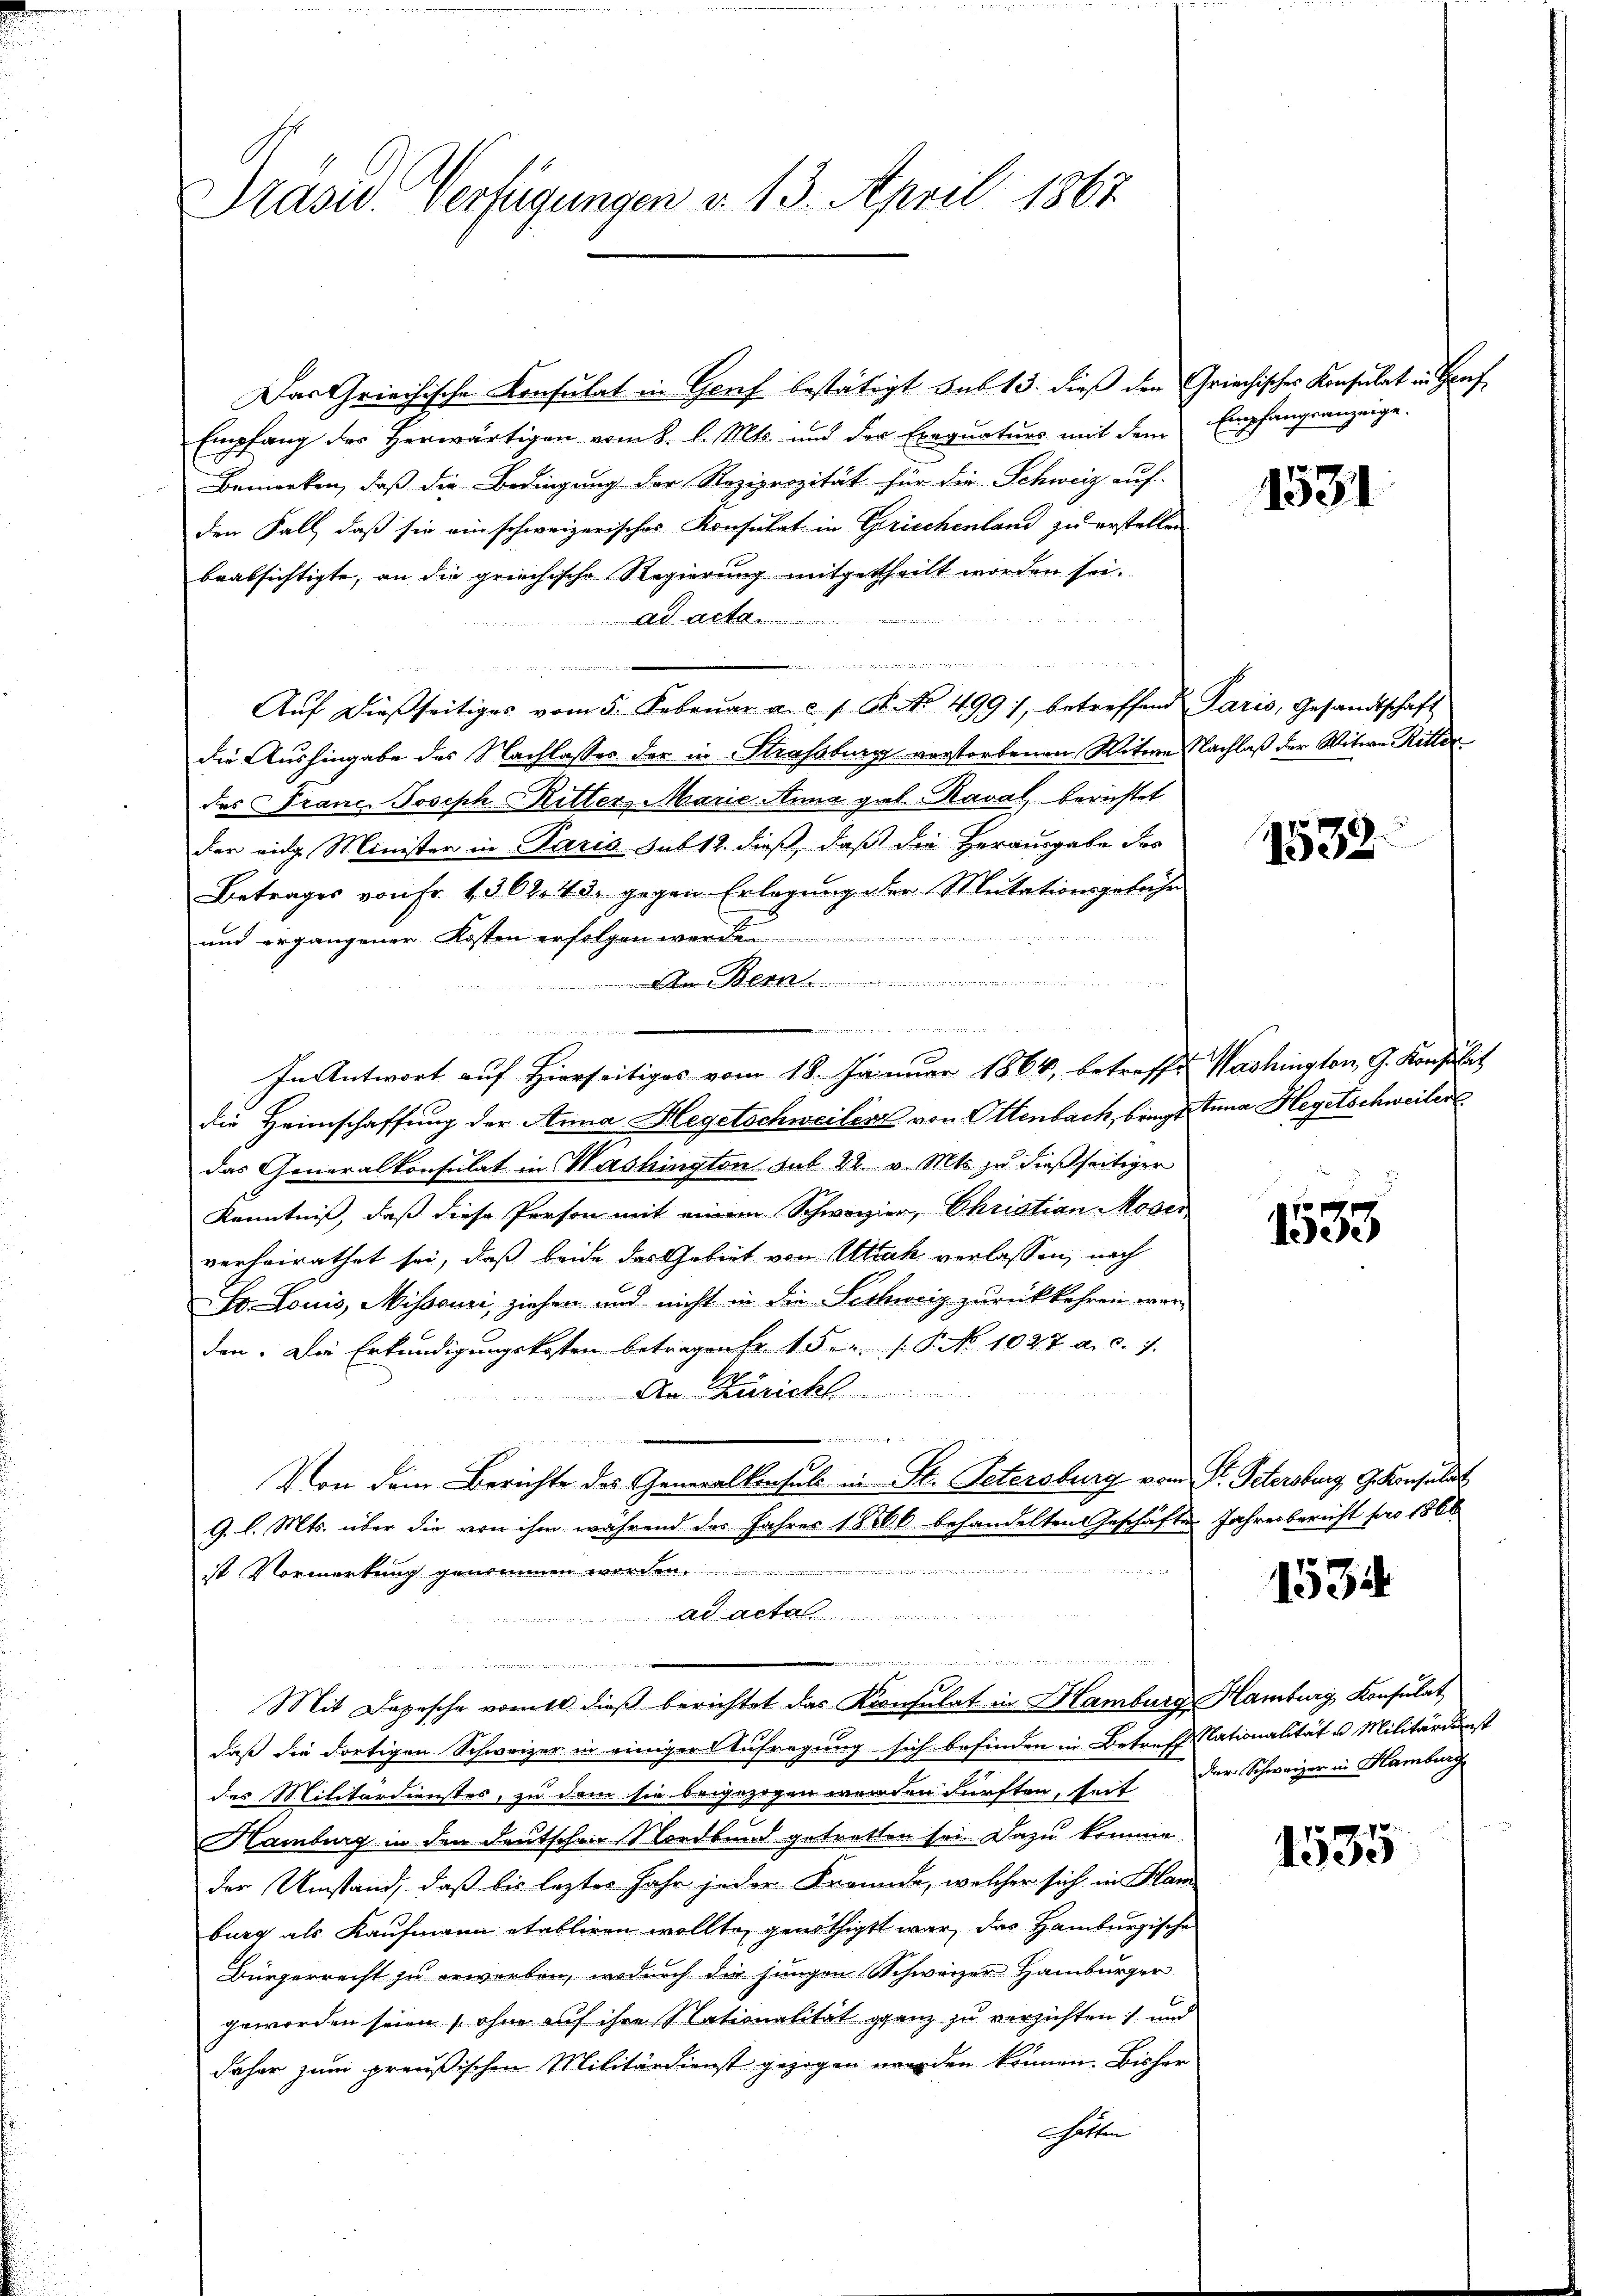
Präsid Verfügungen d. 13. April 1867.

Das Griechische Konsulat in Genf bestätigt sub 13. dieß den Griechisches Konsulat in Graf
Empfang des Herwärtigen vom 8. l. Mts. und der Exequaturs mit dem Empfangsanzeige.
Bemerken, daß die Bedingung der Reziprozität für die Schweiz auf-
den Fall, daß sie ein schweizerisches Konsulat in Griechenland zu erstellen
beabsichtigte, an die griechische Regierung mitgetheilt worden sei.
ad acta
.
Aŭf dießseitiges vom 5. Febrŭar a. c. 1 St. No 499), betreffend Paris, Gesandtschaft
die Aushingabe des Nachlasses der in Straßburg verstorbenen Witwe Nachlaß der Witwe Ritter
des Franc. Joseph Ritter Marie Anna gal-Kaval, berichtet
der eidg. Minister in Paris sub 12. dieß, daß die Herausgabe des
Betrages von Fr. 1302. 22. gegen Erlegung der Mutationsgebühr
und ergangener Kosten erfolgen werde
A Bern
biren die wird vertrauen in derselbe ich der
In Antwort auf Hierseitiges vom 18. Januar 1864, betreffe. Washington, G. Konsität
die Heimschaffung der Anna Hegetschweiler von Ottenbach, bringt Tuna Hegetschweiler
das Generalkonsulat in Washington sub 22 v. Mts. zu dießseitiger
Kenntniß, daß diese Person mit einem Schwerzier, Christian Moser
verheirathet sei, daß beide das Gebiet von Utah verlassen, nach
E. Louis, Missouri, ziehen und nicht in die Sechweiz zurückkehren werden. Die Erkundigungskosten betragen fr. 1 Fr. f. P. No 1027 a. c. 7.
Am Zürich

Von dem Berichte des Generalkonsuls in St. Petersburg vom Dr. Petersburg, G. Konsulat
9. l. Mts. über die von ihm während der Jahres 18506. behandelten Geschäftes Jahresbericht pro 1866
ist Vormerkŭng genommen worden ...................

Ad Act

n
Mit Depesche vomit dieß berichtet das Konsulat in Hamburg Hamburg Konsulat
daß die dortigen Schweizer in einiger Aufregung sich befinden in Betreffstationalität u. Militärdunst
des Militärdienstes, zu dem sie beigezogen werden dürften, seit der Schweizer in Hamburg
Hamburg in den deutschen Nordbund getretten sei. Dazu komme.
der Umstand, daß bis leztes Jahr jeder Freunde, welcher sich in Han
burg als Kaufmann etabliren wollte, genöthigt war, das Hamburgische
Bürgerrecht zu erwerben, wodurch die jungen Schweizer Hamburger
geworden seien , ohne auf ihre Nationalität ganz zu verzichten und
daher zum preußischen Militärdienst gezogen worden können. Bisher
schaften

1531

1532

f
ee

1534

1535